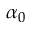
\alpha _ { 0 }